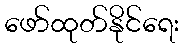
ဖော်ထုတ်နိုင်ရေး